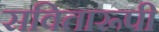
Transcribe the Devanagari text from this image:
सवितारूपी